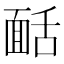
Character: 𩈙